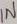
Text: IN